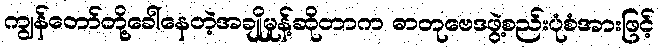
ကျွန်တော်တို့ခေါ်နေတဲ့အချိုမှုန့်ဆိုတာက ဓာတုဗေဒဖွဲ့စည်းပုံစံအားဖြင့်